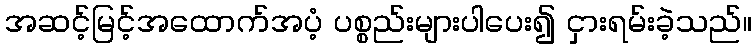
အဆင့်မြင့်အထောက်အပံ့ ပစ္စည်းများပါပေး၍ ငှားရမ်းခဲ့သည်။